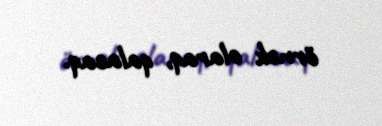
örnək olaraq, qalacaq.